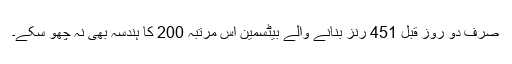
صرف دو روز قبل 451 رنز بنانے والے بیٹسمین اس مرتبہ 200 کا ہندسہ بھی نہ چھو سکے۔